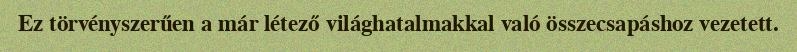
Ez törvényszerűen a már létező világhatalmakkal való összecsapáshoz vezetett.